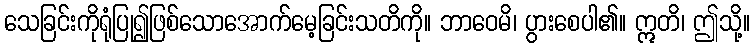
သေခြင်းကိုရုံပြု၍ဖြစ်သောအောက်မေ့ခြင်းသတိကို။ ဘာဝေမိ၊ ပွားစေပါ၏။ ဣတိ၊ ဤသို့။